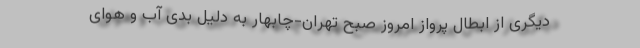
دیگری از ابطال پرواز امروز صبح تهران-چابهار به دلیل بدی آب و هوای